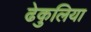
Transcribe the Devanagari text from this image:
ढेकुलिया